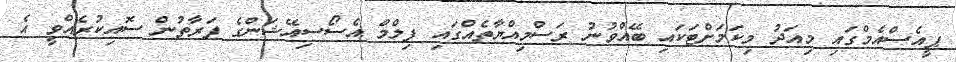
ޕީއެސްއެމްގައި މިއަދު މިކަމަށްޓަކައި ބޭއްވުނު ރަސްމިއްޔާތެއްގައި ފިލްމް އެސޯސިއޭޝަންގެ ފަރާތުން ސޮއިކުރެއްވީ އެ